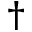
^ \dagger